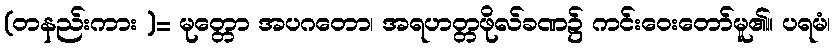
(တနည်းကား )= မုတ္တော အပဂတော၊ အရဟတ္တဖိုလ်ခဏ၌ ကင်းဝေးတော်မူ၏။ ပရမံ၊